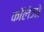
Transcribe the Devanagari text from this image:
काॅलेजो